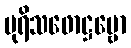
ပုရိသဖောဋ္ဌဗ္ဗော